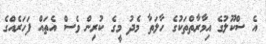
އެ ސްކޫލުގެ އިމާރާތްތަކުގެ ހާލަތާ މެދު މީގެ ކުރިން ވެސް އެތައް ފަހަރެއްގެ